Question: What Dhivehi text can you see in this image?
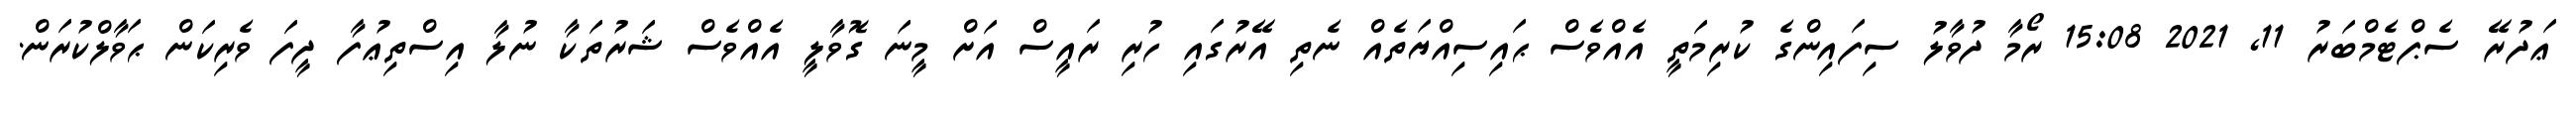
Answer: ޢަދުރޭ ސެޕްޓެމްބަރު 11, 2021 15:08 ރޯމާ ދުވާލު ސިފައިންގެ ކުރިމަތީ އެއްވެސް ޙައިސިއްޔަތެއް ނެތި އޭރުގައި ހުރި ރައީސް އަށް މީނަ ގޮވާލީ އެއްވެސް ޝަރުތަކާ ނުލާ އިސްތިޢުފާ ދީފަ ވެރިކަން ޙަވާލްކުރަން.